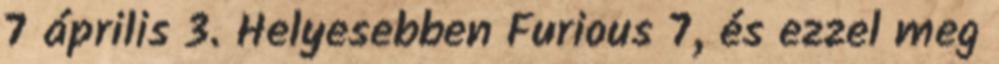
7 április 3. Helyesebben Furious 7, és ezzel meg